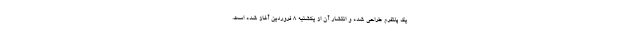
یک پلتفرم طراحی شده و انتشار آن از یکشنبه ۸ فروردین آغاز شده است.